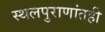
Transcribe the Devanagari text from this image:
स्थलपुराणांतही